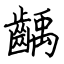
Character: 齲